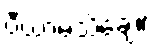
ပီယာမသိချေ။